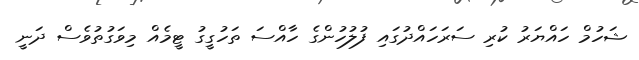
ޝަހުމް ހައްޔަރު ކުރި ސަރަހައްދުގައި ފުލުހުންގެ ހާއްސަ ތަހުގީގު ޓީމެއް މިވަގުތުވެސް ދަނީ